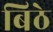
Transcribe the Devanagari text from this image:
बिठे